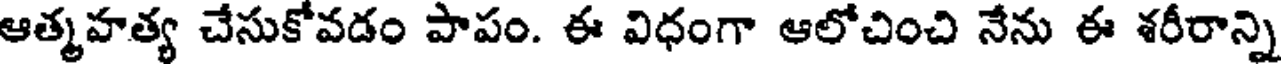
ఆత్మహత్య చేసుకోవడం పాపం. ఈ విధంగా ఆలోచించి నేను ఈ శరీరాన్ని